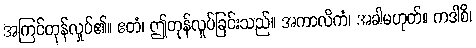
အကြင်တုန်လှုပ်၏။ ဧတံ၊ ဤတုန်လှုပ်ခြင်းသည်။ အကာလိကံ၊ အခါမဟုတ်။ ကဒါစိ၊